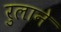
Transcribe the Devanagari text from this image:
रुलाने